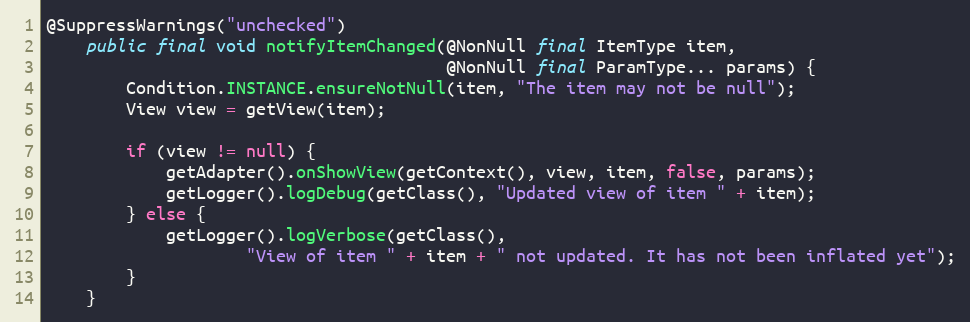
Language: Java
@SuppressWarnings("unchecked")
    public final void notifyItemChanged(@NonNull final ItemType item,
                                        @NonNull final ParamType... params) {
        Condition.INSTANCE.ensureNotNull(item, "The item may not be null");
        View view = getView(item);

        if (view != null) {
            getAdapter().onShowView(getContext(), view, item, false, params);
            getLogger().logDebug(getClass(), "Updated view of item " + item);
        } else {
            getLogger().logVerbose(getClass(),
                    "View of item " + item + " not updated. It has not been inflated yet");
        }
    }